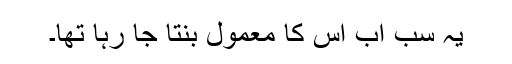
یہ سب اب اس کا معمول بنتا جا رہا تھا۔